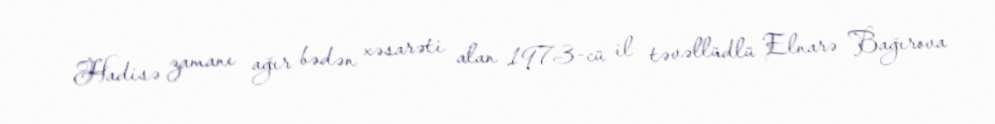
Hadisə zamanı ağır bədən xəsarəti alan 1973-cü il təvəllüdlü Elnarə Bağırova